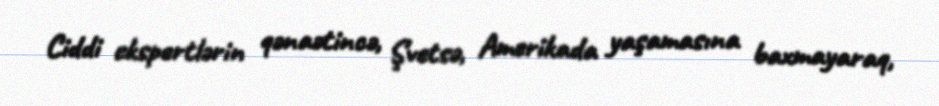
Ciddi ekspertlərin qənaətincə, Şvetsə, Amerikada yaşamasına baxmayaraq,